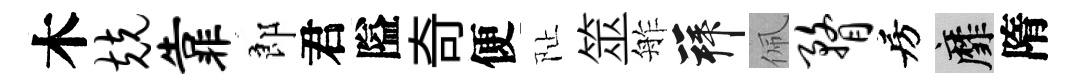
木兢靠郎君隘奇便阯筮舴拜佩瞀房靡隋